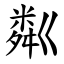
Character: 粼